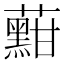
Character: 𱾽